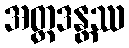
အတ္တဒန္တဿ